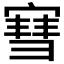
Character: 𫳯